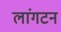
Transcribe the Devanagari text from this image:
लांगटन